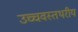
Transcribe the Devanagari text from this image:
उच्चवस्तथरीय